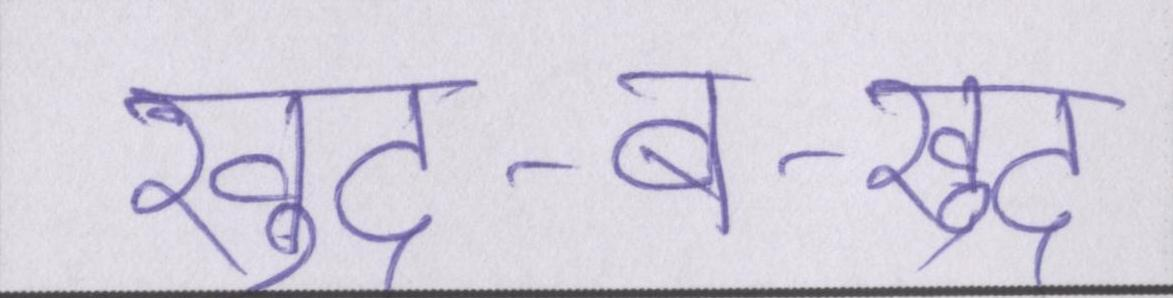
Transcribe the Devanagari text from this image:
खुद-ब-खुद